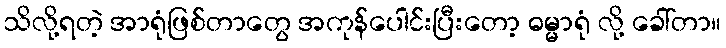
သိလို့ရတဲ့ အာရုံဖြစ်တာတွေ အကုန်ပေါင်းပြီးတော့ ဓမ္မာရုံ လို့ ခေါ်တာ။